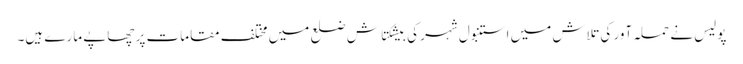
پولیس نے حملہ آور کی تلاش میں استنبول شہر کی بیشکتاش ضلع میں مختلف مقامات پر چھاپے مارے ہیں۔